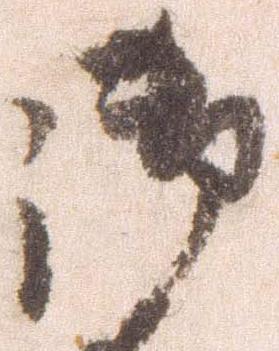
御